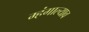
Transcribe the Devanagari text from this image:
म्हंगाल्याव